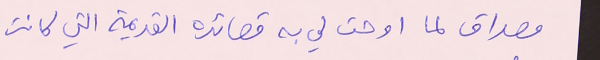
مصداق لما اوحت لي به قصائده القديمة التي كانت